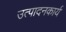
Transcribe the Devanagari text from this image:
उत्पादनकार्य